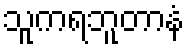
သူကရဘူတာနံ